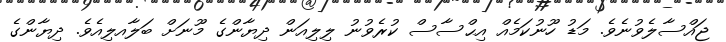
ޖައްސާލެވުނެވެ. މަޑު ހޫނުކަމެއް އިޙްސާސް ކުރެވުނު ލިލިއަން ދިޔާންގެ މޫނަށް ބަލާއލިއެވެ. ދިޔާންގެ